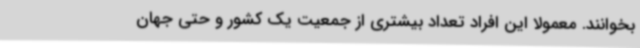
بخوانند. معمولا این افراد تعداد بیشتری از جمعیت یک کشور و حتی جهان